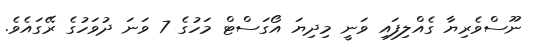
ނޫސްވެރިޔާ ގެއްލިފައި ވަނީ މިދިޔަ އޯގަސްޓް މަހުގެ 7 ވަނަ ދުވަހުގެ ރޭގައެވެ.